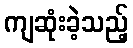
ကျဆုံးခဲ့သည့်